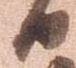
日